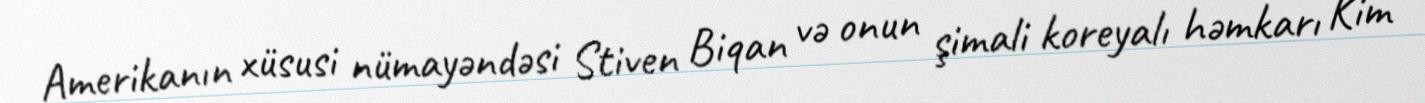
Amerikanın xüsusi nümayəndəsi Stiven Biqan və onun şimali koreyalı həmkarı Kim